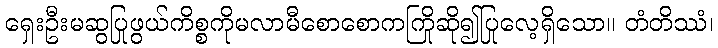
ရှေးဦးမဆွပြုဖွယ်ကိစ္စကိုမလာမီစောစောကကြိုဆို၍ပြုလေ့ရှိသော။ တံတိဿံ၊